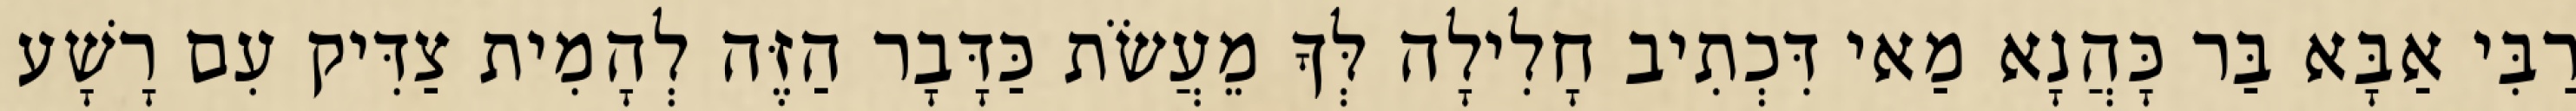
רַבִּי אַבָּא בַּר כָּהֲנָא מַאי דִּכְתִיב חָלִילָה לְּךָ מֵעֲשֹׂת כַּדָּבָר הַזֶּה לְהָמִית צַדִּיק עִם רָשָׁע